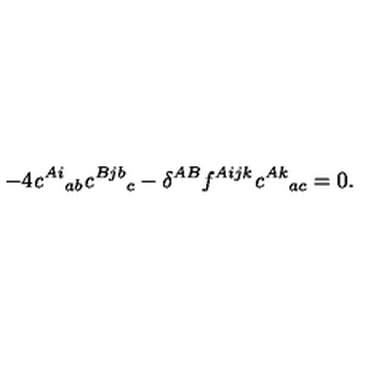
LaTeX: - 4 { \it c } ^ { A i } { } _ { a b } { \it c } ^ { B j b } { } _ { c } - \delta ^ { A B } f ^ { A i j k } { \it c } ^ { A k } { } _ { a c } = 0 .